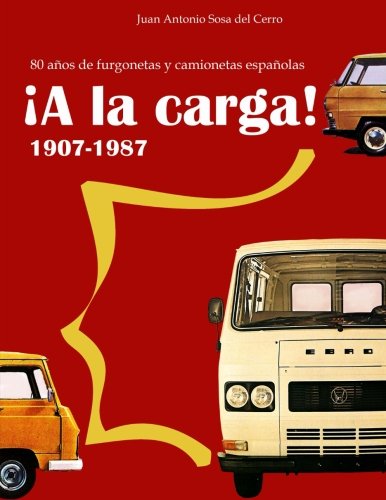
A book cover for Â¡A la carga!: 80 aÃ±os de furgonetas y camionetas espaÃ±olas (Spanish Edition); Juan Antonio Sosa del Cerro; Crafts, Hobbies & Home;